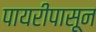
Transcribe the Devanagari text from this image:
पायरीपासून